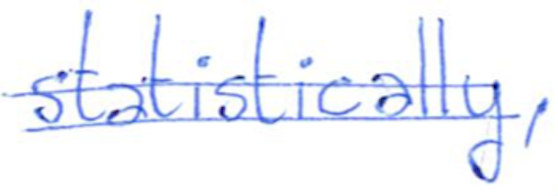
Text: statistically,
Cross-out: mix
Writing tool: ballpoint